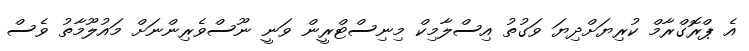
އެ ޕްރޮގްރާމް ކުރިޔަށްދިޔަ ވަގުތު އިސްލާމިކް މިނިސްޓްރީން ވަނީ ނޫސްވެރިންނަށް މައުލޫމާތު ވެސް